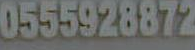
0555928872